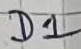
Text: D1